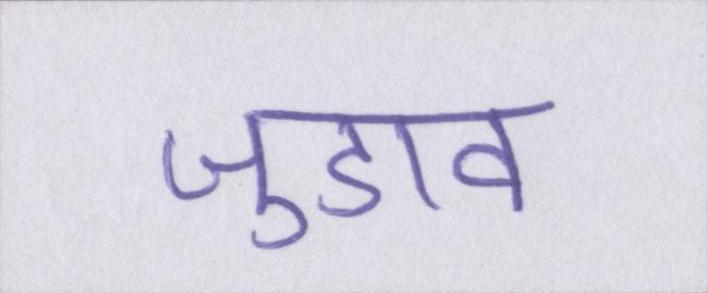
जुडाव